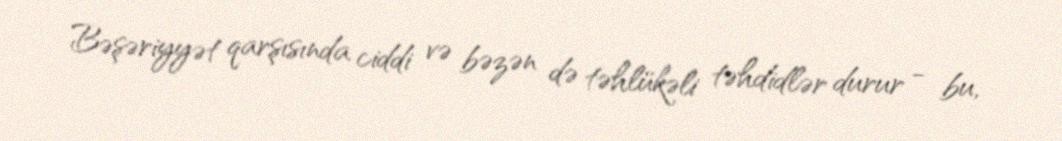
Bəşəriyyət qarşısında ciddi və bəzən də təhlükəli təhdidlər durur - bu,